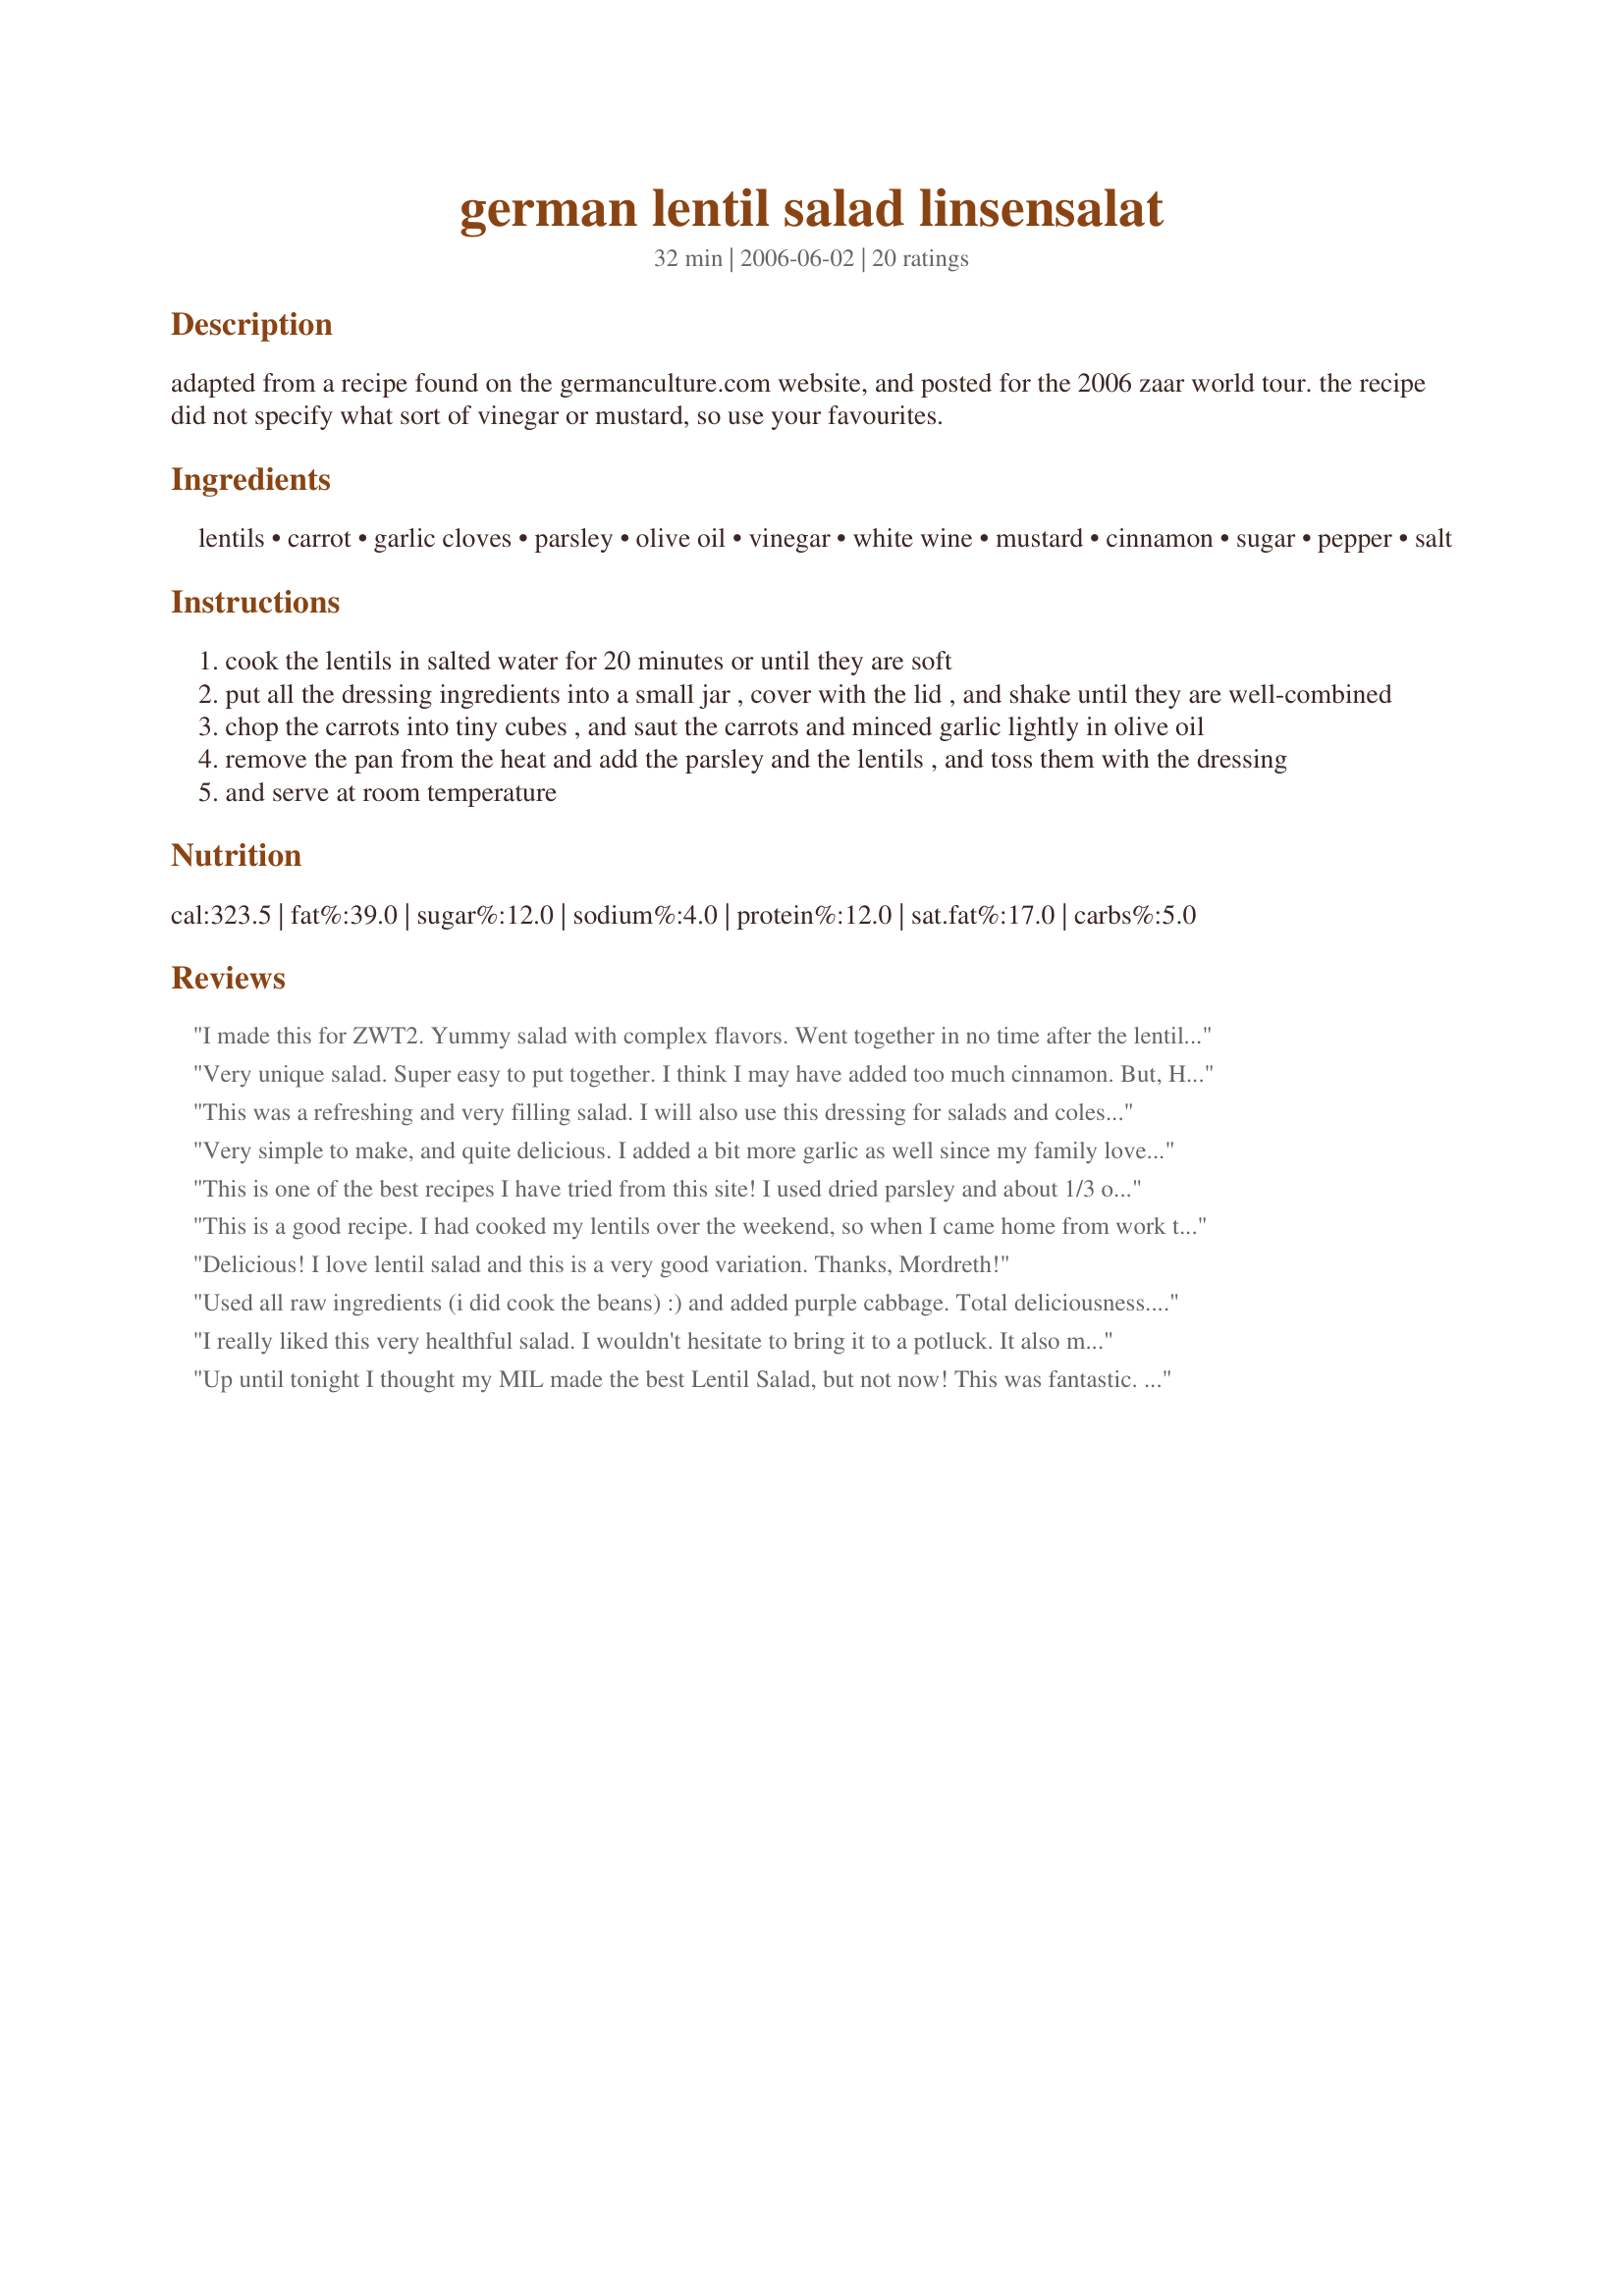
german lentil salad linsensalat
Preparation time: 32 minutes

adapted from a recipe found on the germanculture.com website, and posted for the 2006 zaar world tour. the recipe did not specify what sort of vinegar or mustard, so use your favourites.

Ingredients:
lentils, carrot, garlic cloves, parsley, olive oil, vinegar, white wine, mustard, cinnamon, sugar, pepper, salt

Steps:
cook the lentils in salted water for 20 minutes or until they are soft
put all the dressing ingredients into a small jar , cover with the lid , and shake until they are well-combined
chop the carrots into tiny cubes , and saut the carrots and minced garlic lightly in olive oil
remove the pan from the heat and add the parsley and the lentils , and toss them with the dressing
and serve at room temperature

Reviews:
I made this for ZWT2. Yummy salad with complex flavors. Went together in no time after the lentils were cooked.
Very unique salad. Super easy to put together. I think I may have added too much cinnamon. But, Hubby liked it anyway. I love that it can be served at room temp. Thanks for posting.
This was a refreshing and very filling salad. I will also use this dressing for salads and coleslaw.
Very simple to make, and quite delicious. I added a bit more garlic as well since my family loves it, but otherwise stayed true to recipe. I hadn't read other reviews first, so I used all of the dressing and it turned out to be a bit too much. Next time I will only add 1/2 or 1/3 of the dressing mix and save the rest for a green salad. Overall, it was a hit!
This is one of the best recipes I have tried from this site! I used dried parsley and about 1/3 of the dressing (I suggest you add the dressing to taste). I also added a little bit of garlic to the dressing as recommended. Again an excellent vegan, gluten-free dish.
This is a good recipe. I had cooked my lentils over the weekend, so when I came home from work today the recipe came together in a snap. I used white vinegar and dijon mustard. The combination of lentils, carrots, and parsley are great, I could have used a bit more garlic. Easy to make and tasty. Especially good on a warm summer day. Thank you for posting.
Delicious! I love lentil salad and this is a very good variation. Thanks, Mordreth!
Used all raw ingredients (i did cook the beans) :) and added purple cabbage. Total deliciousness.... My new favorite salad.
I really liked this very healthful salad. I wouldn't hesitate to bring it to a potluck. It also makes a great lunch and is my kind of snack fare! Thanks, BlueMoonDownUnder! Made for Zaar Stars!
Up until tonight I thought my MIL made the best Lentil Salad, but not now! This was fantastic. Loved it!
An interesting way of using lentils. I felt there were slightly too many different flavours in this (wasn't sure about the cinnamon), but Mr B (he of the highly developed and sensitive taste buds) disagreed with me on this one :-)
Easy & delicious! Makes way more than 4 servings, though. More like 8 servings. Thanks!
Reading the ingredients, I had serious reservations. First off, I don't even like parsley, but do know it is an often overlooked green that deserves more attention than it gets. Second, cinnamon? My fears were unfounded. This salad tastes great, and now that I have found it, this recipe will be made often. I followed it to the T, using Heinz salad vinegar and poupon mustard. By the way, for those like me who aren't metric savvy, 250 grams is about 1 cup. Thanks for an unusual, healthy, attractive and easy salad.
Gee, Elmotoo, I halved the recipe and my BF and I thought it was just right:D It was the delicious mustard vinaigrette that really made this recipe. I used Koskiusko mustard (my favorite, though I think it's only available in New York City markets) and white wine vinegar.
I thought this was good, but my family wasn't sold on it. Thank you for posting.
Super! I made this delicious salad a couple days ago to take to a party. I made as stated except did not have parsley, so used about 1/2 cup chopped cilantro instead. One mistake I made was that the directions said to cook the lentils for about 20 minutes but the package said 35 to 40 minutes. I cooked mine for 35 and without stirring so the ones on the bottom were a bit mushier than I would have liked. Next time I will stick with the 20 to 25 minutes and stir the lentils once in a while. I love the dressing, too! Thanks for posting this great recipe, bluemoon downunder, I appreciate it!
Yummy salad that I had for lunch today. I used a nice deli mustard that had horseradish in it. Loved the flavor of this salad. I halved the recipe. I made this for the German Spirits Challenge. Thanks Mordreth!
I made this last night and actually chilled it before serving. The mustard was a stone ground mustard and a white wine vinegar was used. I did not sauté the carrots but added the last few minutes to the lentils. I enjoyed the combination of flavors in this light dressing.
Delicious salad, I also added in some cubed feta cheese and 2 small cloves minced garlic into the dressing, the small addition of cinnamon really brings the dressing to life, thanks for sharing bluemoon!
I really liked this. I cooked the lentils a little too long, though, so it was a bit mushy (my fault). :( I'm not sure I care for the sugar either, so maybe next time I'll leave it out and see if I like it better that way. Overall, tasty and very easy - great for summer in 100+ degree Texas!
